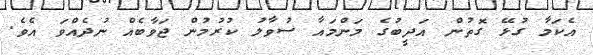
އެކަމާ ގުޅޭ ގޮތުން އަދީބުގެ މަންމައާ ސުވާލު ކުރުމުން ޖަވާބެއް ނުދެއްވަ އެވެ.